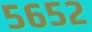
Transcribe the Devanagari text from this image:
५६५२